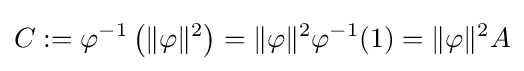
C:=\varphi ^{-1}\left(\|\varphi \|^{2}\right)=\|\varphi \|^{2}\varphi ^{-1}(1)=\|\varphi \|^{2}A